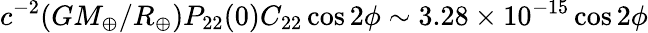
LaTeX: c^{-2}(GM_{\oplus}/R_{\oplus})P_{22}(0)C_{22}\cos 2\phi\sim 3.28\times 10^{-15}\cos 2\phi